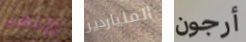
وإنتهى الملياردير أرجون